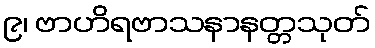
၉၊ ဗာဟိရဗာသနာနတ္တသုတ်